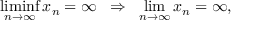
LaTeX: \operatorname* { l i m i n f } _ { n \to \infty } x _ { n } = \infty \; \; \Rightarrow \; \; \operatorname* { l i m } _ { n \to \infty } x _ { n } = \infty ,